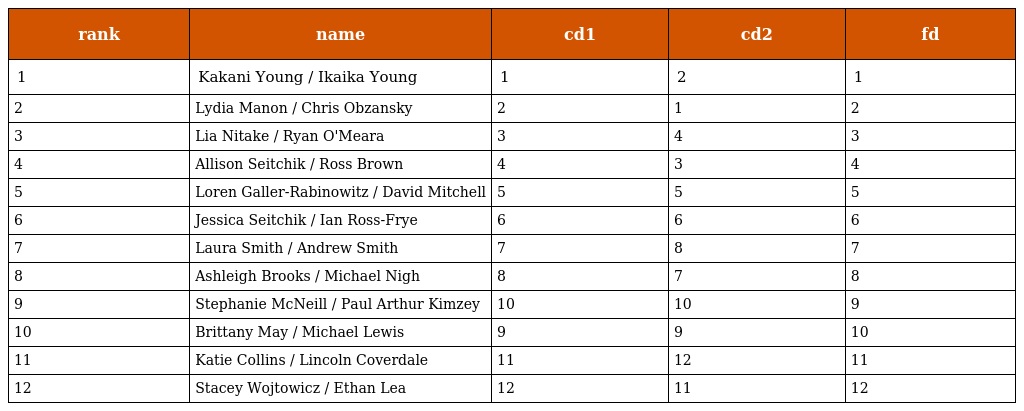
| rank | name | cd1 | cd2 | fd |
 | --- | --- | --- | --- | --- |
 | 1 | Kakani Young / Ikaika Young | 1 | 2 | 1 |
 | 2 | Lydia Manon / Chris Obzansky | 2 | 1 | 2 |
 | 3 | Lia Nitake / Ryan O'Meara | 3 | 4 | 3 |
 | 4 | Allison Seitchik / Ross Brown | 4 | 3 | 4 |
 | 5 | Loren Galler-Rabinowitz / David Mitchell | 5 | 5 | 5 |
 | 6 | Jessica Seitchik / Ian Ross-Frye | 6 | 6 | 6 |
 | 7 | Laura Smith / Andrew Smith | 7 | 8 | 7 |
 | 8 | Ashleigh Brooks / Michael Nigh | 8 | 7 | 8 |
 | 9 | Stephanie McNeill / Paul Arthur Kimzey | 10 | 10 | 9 |
 | 10 | Brittany May / Michael Lewis | 9 | 9 | 10 |
 | 11 | Katie Collins / Lincoln Coverdale | 11 | 12 | 11 |
 | 12 | Stacey Wojtowicz / Ethan Lea | 12 | 11 | 12 |